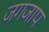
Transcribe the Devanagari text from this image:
जगजाप